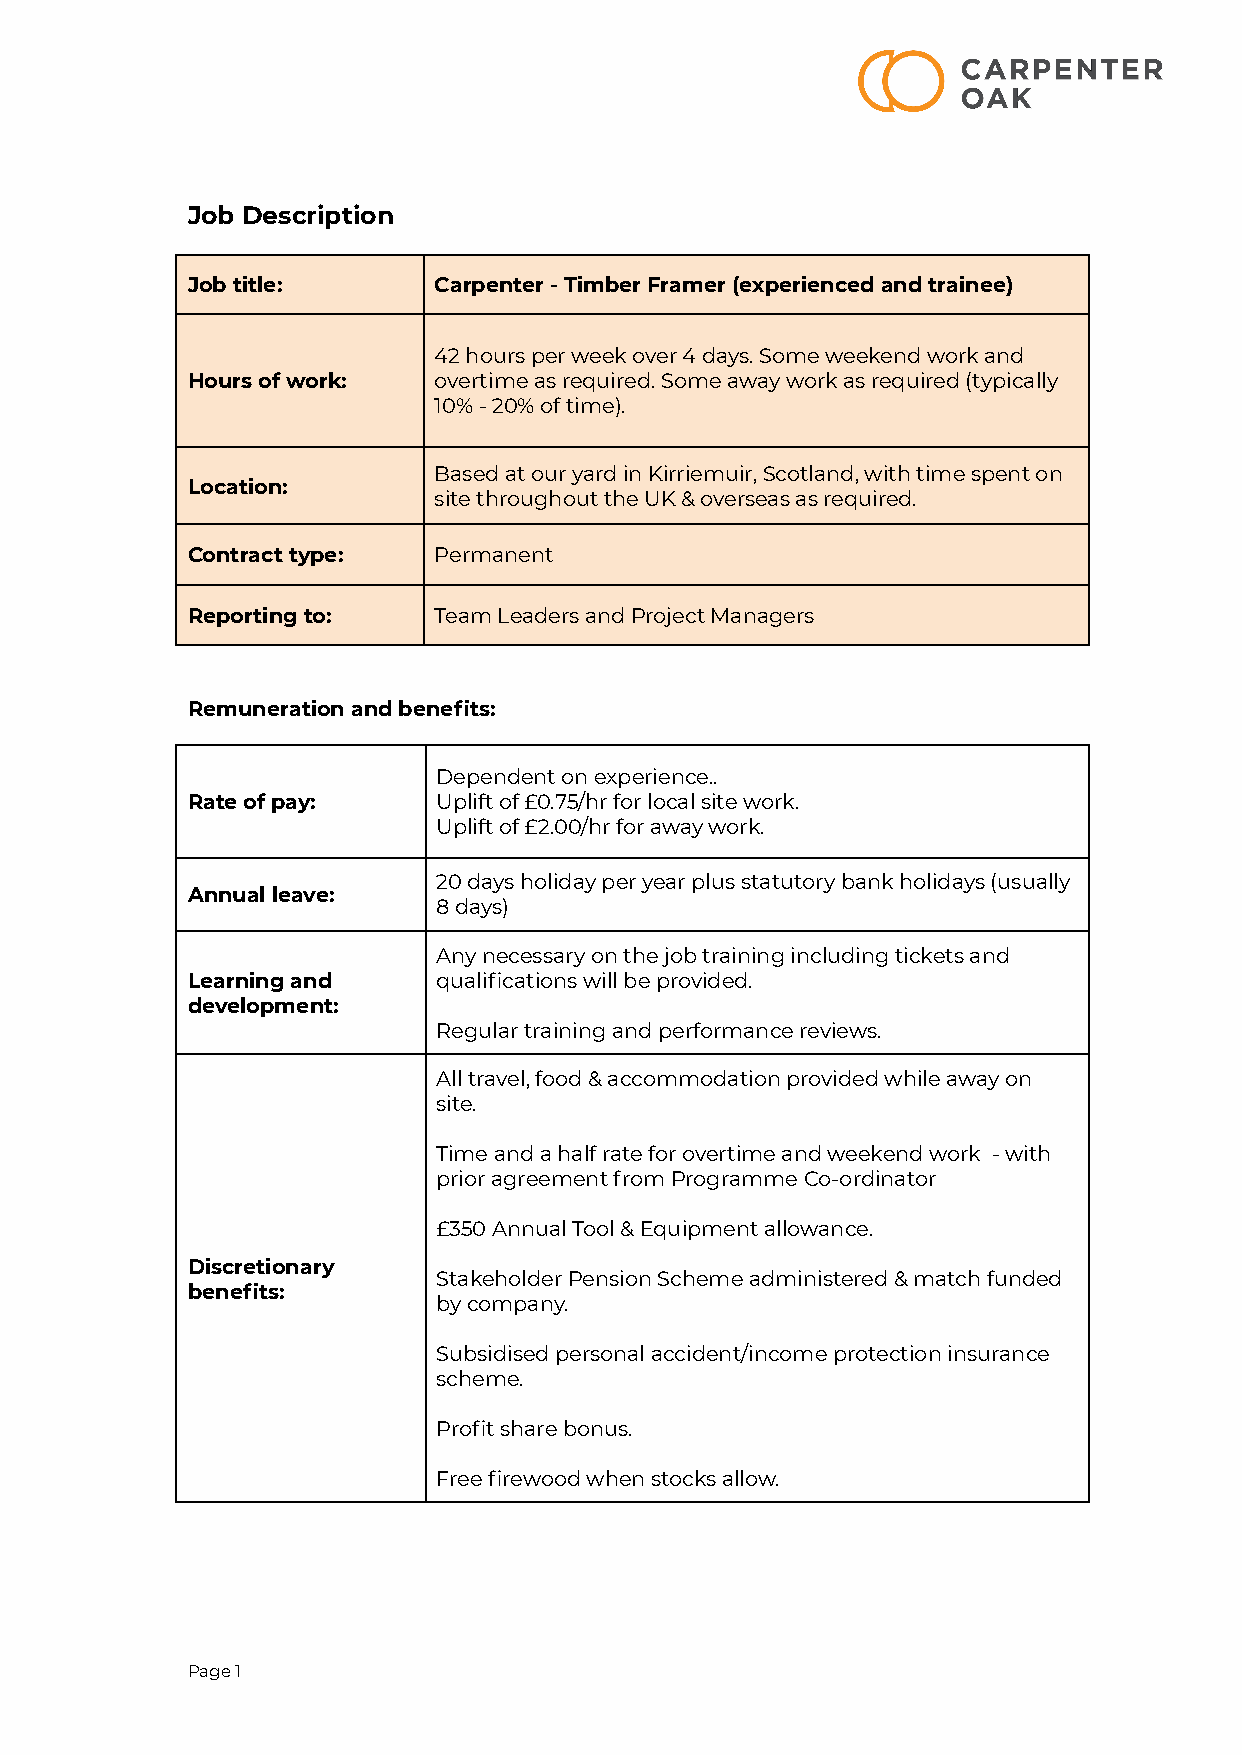
Job Description
 Job title:       Carpenter - Timber Framer (experienced and trainee)
 42 hours per week over 4 days. Some weekend work and
 Hours of work:   overtime as required. Some away work as required (typically
 10% - 20% of time).
 Based at our yard in Kirriemuir, Scotland, with time spent on
 Location:
 site throughout the UK & overseas as required.
 Contract type:   Permanent
 Reporting to:    Team Leaders and Project Managers
 Remuneration and benefits:
 Dependent on experience..
 Rate of pay:     Uplift of £0.75/hr for local site work.
 Uplift of £2.00/hr for away work.
 20 days holiday per year plus statutory bank holidays (usually
 Annual leave:
 8 days)
 Any necessary on the job training including tickets and
 Learning and     qualifications will be provided.
 development:
 Regular training and performance reviews.
 All travel, food & accommodation provided while away on
 site.
 Time and a half rate for overtime and weekend work - with
 prior agreement from Programme Co-ordinator
 £350 Annual Tool & Equipment allowance.
 Discretionary
 Stakeholder Pension Scheme administered & match funded
 benefits:
 by company.
 Subsidised personal accident/income protection insurance
 scheme.
 Profit share bonus.
 Free firewood when stocks allow.
 Page1